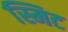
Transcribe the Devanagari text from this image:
स्मिट